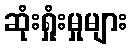
ဆုံးရှုံးမှုများ